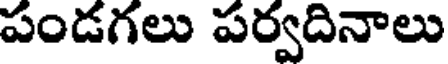
పండగలు పర్వదినాలు